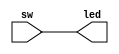
`timescale 1ns / 1ps 

module top(
           input  sw,
           output led
           );
   assign led = sw;
endmodule